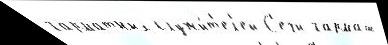
гарматных служи́т'ел'ей С'ечи гармаш